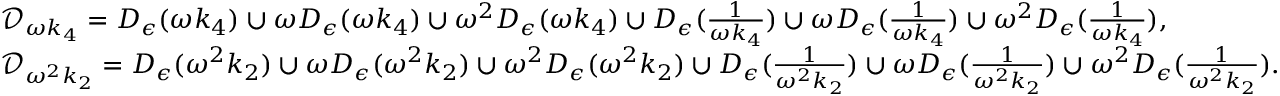
\begin{array} { r l } & { \mathcal { D } _ { \omega k _ { 4 } } = D _ { \epsilon } ( \omega k _ { 4 } ) \cup \omega D _ { \epsilon } ( \omega k _ { 4 } ) \cup \omega ^ { 2 } D _ { \epsilon } ( \omega k _ { 4 } ) \cup D _ { \epsilon } ( \frac { 1 } { \omega k _ { 4 } } ) \cup \omega D _ { \epsilon } ( \frac { 1 } { \omega k _ { 4 } } ) \cup \omega ^ { 2 } D _ { \epsilon } ( \frac { 1 } { \omega k _ { 4 } } ) , } \\ & { \mathcal { D } _ { \omega ^ { 2 } k _ { 2 } } = D _ { \epsilon } ( \omega ^ { 2 } k _ { 2 } ) \cup \omega D _ { \epsilon } ( \omega ^ { 2 } k _ { 2 } ) \cup \omega ^ { 2 } D _ { \epsilon } ( \omega ^ { 2 } k _ { 2 } ) \cup D _ { \epsilon } ( \frac { 1 } { \omega ^ { 2 } k _ { 2 } } ) \cup \omega D _ { \epsilon } ( \frac { 1 } { \omega ^ { 2 } k _ { 2 } } ) \cup \omega ^ { 2 } D _ { \epsilon } ( \frac { 1 } { \omega ^ { 2 } k _ { 2 } } ) . } \end{array}